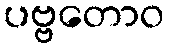
ပဗ္ဗတောဝ